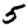
Digit: 5